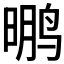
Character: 𱊂